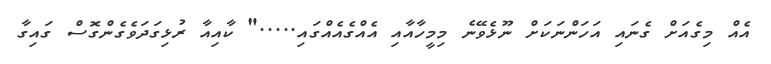
އެއް މިގެއަށް ގެނައި އަހަންނަކަށް ނޫޅެވޭނެ މިމީހާއާއި އެއްގެއެއްގައި....." ކާއިއާ ރުޅިގަދަވެގެންގޮސް ގައިގާ